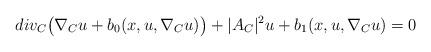
LaTeX: \begin{align*} div_C\big(\nabla_C u +b_0(x, u, \nabla_C u) \big) + |A_C|^2u + b_1(x, u, \nabla_C u) = 0 \end{align*}